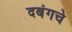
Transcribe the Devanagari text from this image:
दबंगचे